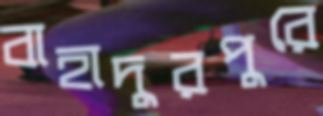
বাহাদুরপুরে